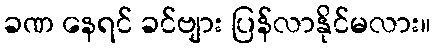
ခဏ နေရင် ခင်ဗျား ပြန်လာနိုင်မလား။